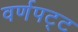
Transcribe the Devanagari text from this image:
वर्णपट्ट